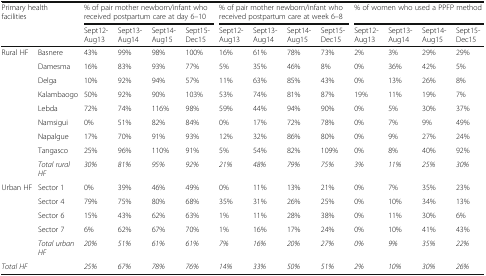
<table><thead><tr><td rowspan="2" colspan="2"><b>Primary health facilities</b></td><td colspan="4"><b>% of pair mother newborn/infant who received postpartum care at day 6–10</b></td><td colspan="4"><b>% of pair mother newborn/infant who received postpartum care at week 6–8</b></td><td colspan="4"><b>% of women who used a PPFP method</b></td></tr><tr><td><b>Sept12-Aug13</b></td><td><b>Sept13-Aug14</b></td><td><b>Sept14-Aug15</b></td><td><b>Sept15-Dec15</b></td><td><b>Sept12-Aug13</b></td><td><b>Sept13-Aug14</b></td><td><b>Sept14-Aug15</b></td><td><b>Sept15-Dec15</b></td><td><b>Sept12-Aug13</b></td><td><b>Sept13-Aug14</b></td><td><b>Sept14-Aug15</b></td><td><b>Sept15-Dec15</b></td></tr></thead><tbody><tr><td rowspan="9">Rural HF</td><td>Basnere</td><td>43%</td><td>99%</td><td>98%</td><td>100%</td><td>16%</td><td>61%</td><td>78%</td><td>73%</td><td>2%</td><td>3%</td><td>29%</td><td>29%</td></tr><tr><td>Damesma</td><td>16%</td><td>83%</td><td>93%</td><td>77%</td><td>5%</td><td>35%</td><td>46%</td><td>8%</td><td>0%</td><td>36%</td><td>42%</td><td>5%</td></tr><tr><td>Delga</td><td>10%</td><td>92%</td><td>94%</td><td>57%</td><td>11%</td><td>63%</td><td>85%</td><td>43%</td><td>0%</td><td>13%</td><td>26%</td><td>8%</td></tr><tr><td>Kalambaogo</td><td>50%</td><td>92%</td><td>90%</td><td>103%</td><td>53%</td><td>74%</td><td>81%</td><td>87%</td><td>19%</td><td>11%</td><td>19%</td><td>7%</td></tr><tr><td>Lebda</td><td>72%</td><td>74%</td><td>116%</td><td>98%</td><td>59%</td><td>44%</td><td>94%</td><td>90%</td><td>0%</td><td>5%</td><td>30%</td><td>37%</td></tr><tr><td>Namsigui</td><td>0%</td><td>51%</td><td>82%</td><td>84%</td><td>0%</td><td>17%</td><td>72%</td><td>78%</td><td>0%</td><td>7%</td><td>9%</td><td>49%</td></tr><tr><td>Napalgue</td><td>17%</td><td>70%</td><td>91%</td><td>93%</td><td>12%</td><td>32%</td><td>86%</td><td>80%</td><td>0%</td><td>9%</td><td>27%</td><td>24%</td></tr><tr><td>Tangasco</td><td>25%</td><td>96%</td><td>110%</td><td>91%</td><td>5%</td><td>54%</td><td>82%</td><td>109%</td><td>0%</td><td>8%</td><td>40%</td><td>92%</td></tr><tr><td><i>Total rural HF</i></td><td><i>30%</i></td><td><i>81%</i></td><td><i>95%</i></td><td><i>92%</i></td><td><i>21%</i></td><td><i>48%</i></td><td><i>79%</i></td><td><i>75%</i></td><td><i>3%</i></td><td><i>11%</i></td><td><i>25%</i></td><td><i>30%</i></td></tr><tr><td rowspan="5">Urban HF</td><td>Sector 1</td><td>0%</td><td>39%</td><td>46%</td><td>49%</td><td>0%</td><td>11%</td><td>13%</td><td>21%</td><td>0%</td><td>7%</td><td>35%</td><td>23%</td></tr><tr><td>Sector 4</td><td>79%</td><td>75%</td><td>80%</td><td>68%</td><td>35%</td><td>31%</td><td>26%</td><td>25%</td><td>0%</td><td>10%</td><td>34%</td><td>13%</td></tr><tr><td>Sector 6</td><td>15%</td><td>43%</td><td>62%</td><td>63%</td><td>1%</td><td>11%</td><td>28%</td><td>38%</td><td>0%</td><td>11%</td><td>30%</td><td>6%</td></tr><tr><td>Sector 7</td><td>6%</td><td>62%</td><td>67%</td><td>70%</td><td>1%</td><td>16%</td><td>17%</td><td>24%</td><td>0%</td><td>10%</td><td>41%</td><td>43%</td></tr><tr><td><i>Total urban HF</i></td><td><i>20%</i></td><td><i>51%</i></td><td><i>61%</i></td><td><i>61%</i></td><td><i>7%</i></td><td><i>16%</i></td><td><i>20%</i></td><td><i>27%</i></td><td><i>0%</i></td><td><i>9%</i></td><td><i>35%</i></td><td><i>22%</i></td></tr><tr><td><i>Total HF</i></td><td></td><td><i>25%</i></td><td><i>67%</i></td><td><i>78%</i></td><td><i>76%</i></td><td><i>14%</i></td><td><i>33%</i></td><td><i>50%</i></td><td><i>51%</i></td><td><i>2%</i></td><td><i>10%</i></td><td><i>30%</i></td><td><i>26%</i></td></tr></tbody></table>